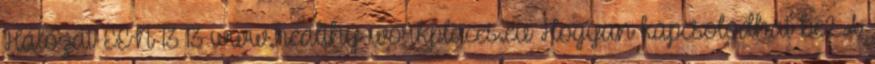
Hálózat EEN 13 13 www.healthy-workplaces.eu Hogyan kapcsolódhat be? A